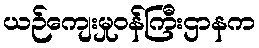
ယဉ်ကျေးမှုဝန်ကြီးဌာနက